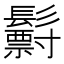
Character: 𩯧